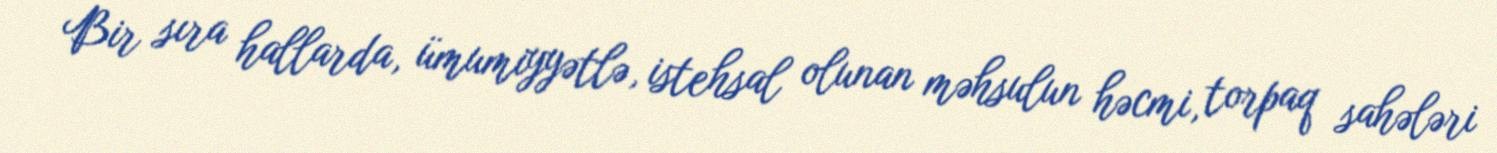
Bir sıra hallarda, ümumiyyətlə, istehsal olunan məhsulun həcmi, torpaq sahələri